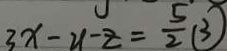
3 x - y - z = \frac { 5 } { 2 } \textcircled { 3 }